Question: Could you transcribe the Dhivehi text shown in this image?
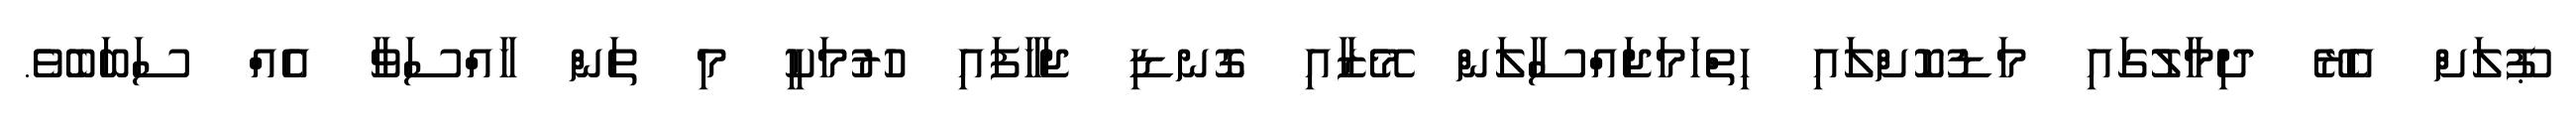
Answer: ޕޫލަށް އެރޭ ދިމާލުގައި މަޑުކޮށްލައި ހިތްހަމަޖައްސާލަން މޭޒާއި ގޮނޑި ޖަހާފައި ހުރުމަކީ މި ތަން ހާއްސަވާ އެއް ސަބަބެވެ.